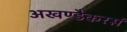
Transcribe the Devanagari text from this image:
अखण्डैकरसं